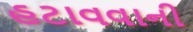
હટાવવાની